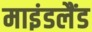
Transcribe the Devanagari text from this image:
माइंडलैंड